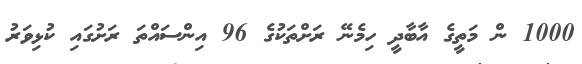
1000 ން މަތީގެ އާބާދީ ހިމެނޭ ރަށްތަކުގެ 96 އިންސައްތަ ރަށުގައި ކުޅިވަރު